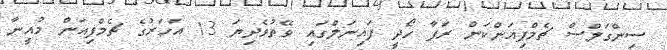
ސިންގަލްސް ޗެމްޕިއަންކަން ރަފާ ހޯދީ ފައިނަލްގައި ވޭތުވެދިޔަ 13 އަހަރުގެ ޗެމްޕިއަން މުއީނާ